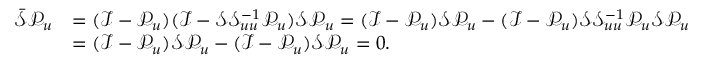
\begin{array} { r l } { \bar { \mathcal { S } } \mathcal { P } _ { u } } & { = ( \mathcal { I } - \mathcal { P } _ { u } ) ( \mathcal { I } - \mathcal { S } \mathcal { S } _ { u u } ^ { - 1 } \mathcal { P } _ { u } ) \mathcal { S } \mathcal { P } _ { u } = ( \mathcal { I } - \mathcal { P } _ { u } ) \mathcal { S } \mathcal { P } _ { u } - ( \mathcal { I } - \mathcal { P } _ { u } ) \mathcal { S } \mathcal { S } _ { u u } ^ { - 1 } \mathcal { P } _ { u } \mathcal { S } \mathcal { P } _ { u } } \\ & { = ( \mathcal { I } - \mathcal { P } _ { u } ) \mathcal { S } \mathcal { P } _ { u } - ( \mathcal { I } - \mathcal { P } _ { u } ) \mathcal { S } \mathcal { P } _ { u } = 0 . } \end{array}